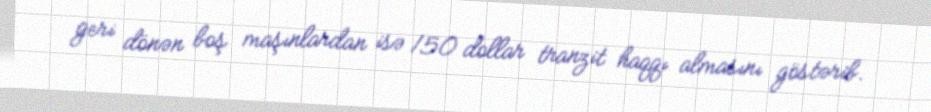
geri dönən boş maşınlardan isə 150 dollar tranzit haqqı almasını göstərib.